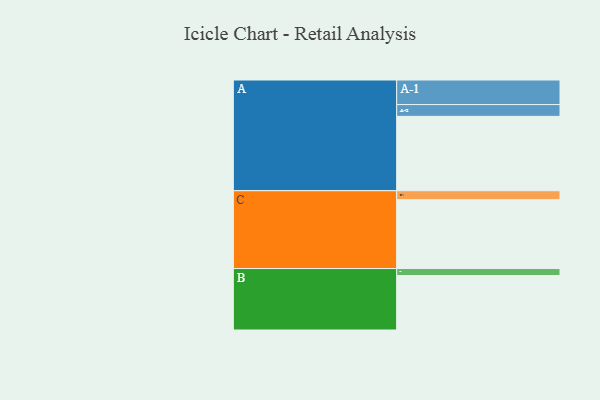
{"axis": {"x": "Segment", "y": "Value"}, "legend": ["", "A", "B", "C"], "data": [{"x": "A", "y": 554, "type": ""}, {"x": "B", "y": 406, "type": ""}, {"x": "C", "y": 513, "type": ""}, {"x": "A-1", "y": 183, "type": "A"}, {"x": "A-2", "y": 88, "type": "A"}, {"x": "B-1", "y": 52, "type": "B"}, {"x": "C-1", "y": 67, "type": "C"}]}